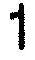
1